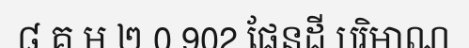
៨ គ.ម ២ 0.902 ផែនដី បរិមាណ